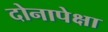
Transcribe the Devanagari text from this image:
दोनापेक्षा